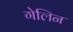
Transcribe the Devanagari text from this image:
गेलिन